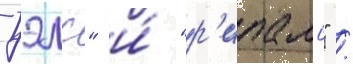
уэлс" и́ "р'ипалс" /